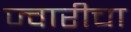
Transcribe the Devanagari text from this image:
ज्वारीचा